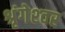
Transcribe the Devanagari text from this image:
श्रृंगेश्‍वर